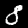
Label: 8